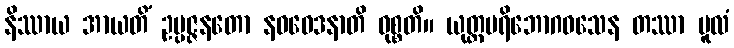
နိဿာယ အာယတိံ ဥပ္ပဇ္ဇနတော နဝဝေဒနာတိ ဝုစ္စတိ။ ယုတ္တပရိဘောဂဝသေန တဿာ မူလံ